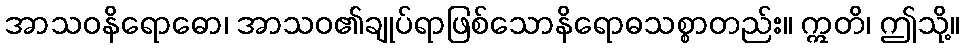
အာသဝနိရောဓော၊ အာသဝ၏ချုပ်ရာဖြစ်သောနိရောဓသစ္စာတည်း။ ဣတိ၊ ဤသို့။